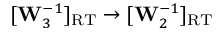
[ \mathbf { W } _ { 3 } ^ { - 1 } ] _ { \mathrm { R T } } \rightarrow [ \mathbf { W } _ { 2 } ^ { - 1 } ] _ { \mathrm { R T } }